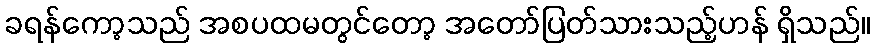
ခရန်ကော့သည် အစပထမတွင်တော့ အတော်ပြတ်သားသည့်ဟန် ရှိသည်။